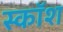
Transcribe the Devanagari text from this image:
स्कॉश